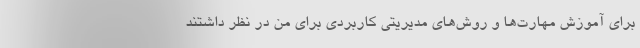
برای آموزش مهارت‌ها و روش‌های مدیریتی کاربردی برای من در نظر داشتند